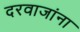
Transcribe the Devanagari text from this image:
दरवाजांना